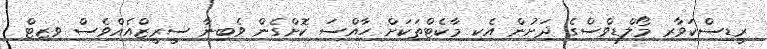
ރީޑިސްކަވާރ މޯލްޑިވްސްގެ ދަށުން އެކި މާކެޓްތަކަށް ހާއްސަ ކޮށްގެން ވެބިނާ ސީރީޒްއެއްވެސް ވިޒިޓް